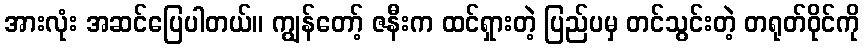
အားလုံး အဆင်ပြေပါတယ်။ ကျွန်တော့် ဇနီးက ထင်ရှားတဲ့ ပြည်ပမှ တင်သွင်းတဲ့ တရုတ်ဝိုင်ကို